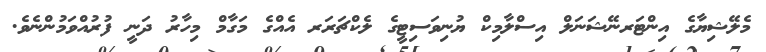
މެލޭޝިޔާގެ އިންޓަރނޭޝަނަލް އިސްލާމިކް ޔުނިވަސިޓީގެ ލެކްޗަރަރ އެއްގެ މަގާމް މިހާރު ދަނީ ފުރުއްވަމުންނެވެ.